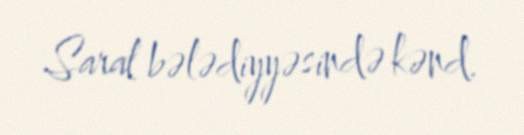
Saral bələdiyyəsində kənd.